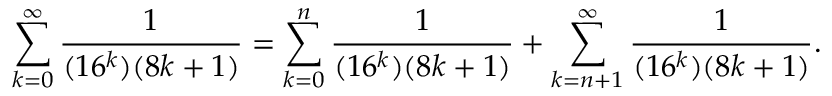
\sum _ { k = 0 } ^ { \infty } { \frac { 1 } { ( 1 6 ^ { k } ) ( 8 k + 1 ) } } = \sum _ { k = 0 } ^ { n } { \frac { 1 } { ( 1 6 ^ { k } ) ( 8 k + 1 ) } } + \sum _ { k = n + 1 } ^ { \infty } { \frac { 1 } { ( 1 6 ^ { k } ) ( 8 k + 1 ) } } .